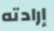
إرادته